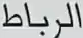
الرباط